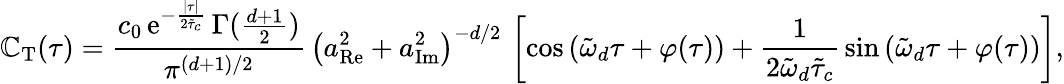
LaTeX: \mathbb{C}_{\mathrm{{T}}}(\tau)=\frac{{c_{0}\, \mathrm{{e}}^{-\frac{{\lvert\tau\rvert}}{{2\tilde{{\tau}}_{c}}}}\, \Gamma(\frac{{d+1}}{{2}})}}{{\pi^{(d+1)/2}}}\, \left(a_{\mathrm{{Re}}}^{2}+a_{\mathrm{{Im}}}^{2}\right)^{-d/2}\, \left[\cos\left(\tilde{{\omega}}_{d}\tau+\varphi(\tau)\right)+\frac{{1}}{{2\tilde{{\omega}}_{d}\tilde{{\tau}}_{c}}}\, \sin\left(\tilde{{\omega}}_{d}\tau+\varphi(\tau)\right)\right],